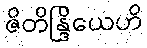
ဇိတိန္ဒြိယေဟိ